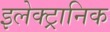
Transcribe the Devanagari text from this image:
इलेक्‍ट्रानिक